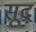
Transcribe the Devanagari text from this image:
सूद्र